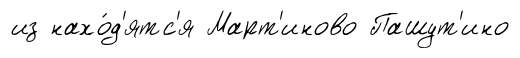
из нахо́д'ятс'я Март'иново Пашут'ино